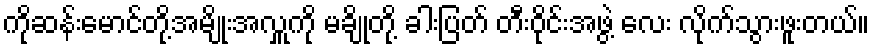
ကိုဆန်းမောင်တို့အမျိုးအလှူကို မချိုတို့ ခါးပြတ် တီးဝိုင်းအဖွဲ့ လေး လိုက်သွားဖူးတယ်။